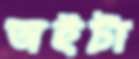
অইটা